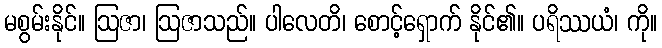
မစွမ်းနိုင်။ ဩဇာ၊ ဩဇာသည်။ ပါလေတိ၊ စောင့်ရှောက် နိုင်၏။ ပရိဿယံ၊ ကို။